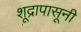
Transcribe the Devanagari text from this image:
शूद्रापासूनी